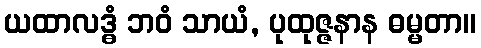
ယထာလဒ္ဓံ ဘဝံ သာယံ, ပုထုဇ္ဇနာန ဓမ္မတာ။